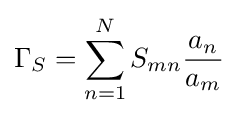
\Gamma _{S}=\sum _{n=1}^{N}S_{mn}{\frac {a_{n}}{a_{m}}}